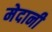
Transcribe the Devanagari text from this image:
मेदानी